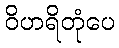
ဝိဟရိတုံပေ